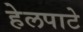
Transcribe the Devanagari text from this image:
हेलपाटे